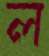
ল